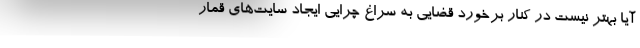
آیا بهتر نیست در کنار برخورد قضایی به سراغ چرایی ایجاد سایت‌های قمار